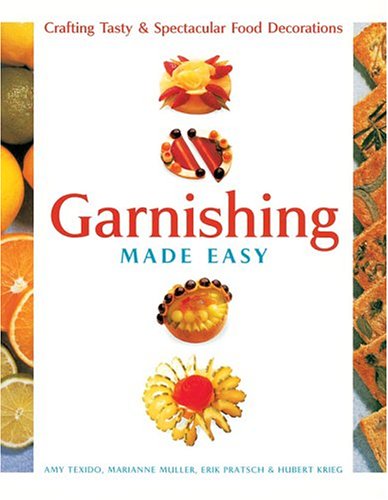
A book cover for Garnishing Made Easy: Crafting Tasty & Spectacular Food Decorations; Amy Texido; Cookbooks, Food & Wine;